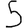
Digit: 5